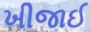
ખીજાઈ